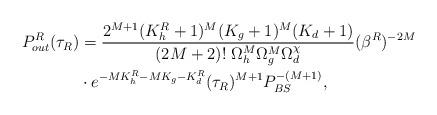
LaTeX: \begin{align*}P^R_{out}(\tau_R)&=\frac{2^{M+1}(K^R_h+1)^M(K_g+1)^M(K_d+1)}{(2M+2)!\ \Omega_h^{M}\Omega^M_g\Omega^\chi_d}(\beta^R)^{-2M}\\ &\cdot e^{-MK^R_h-MK_g-K^R_d}(\tau_R)^{M+1} P_{BS}^{-(M+1)},\end{align*}